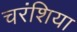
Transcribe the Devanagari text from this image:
चरंशिया